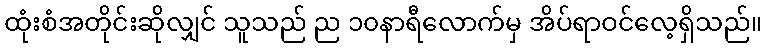
ထုံးစံအတိုင်းဆိုလျှင် သူသည် ည ၁၀နာရီလောက်မှ အိပ်ရာဝင်လေ့ရှိသည်။